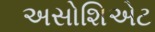
અસોશિએટ